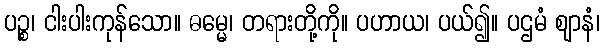
ပဉ္စ၊ ငါးပါးကုန်သော။ ဓမ္မေ၊ တရားတို့ကို။ ပဟာယ၊ ပယ်၍။ ပဌမံ ဈာနံ၊